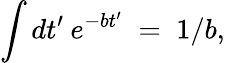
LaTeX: \int dt^{\prime}\: e^{-bt^{\prime}}\; =\; 1/b,